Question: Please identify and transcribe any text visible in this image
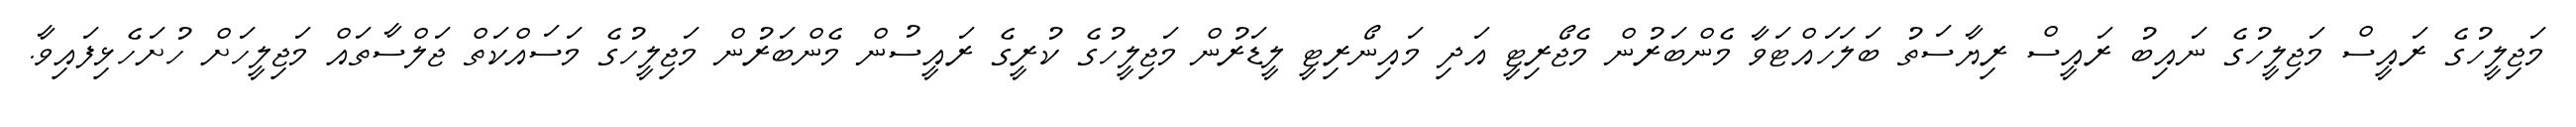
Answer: މަޖިލީހުގެ ރައީސް މަޖިލީހުގެ ނައިބު ރައީސް ރިޔާސަތު ބަލަހައްޓަވާ މެންބަރުން މެޖޯރިޓީ އަދި މައިނޯރިޓީ ލީޑަރުން މަޖިލީހުގެ ކުރީގެ ރައީސުން މެންބަރުން މަޖިލީހުގެ މަސައްކަތް ޖަލްސާތައް މަޖިލީހަށް ހުށަހެޅިފައިވާ.